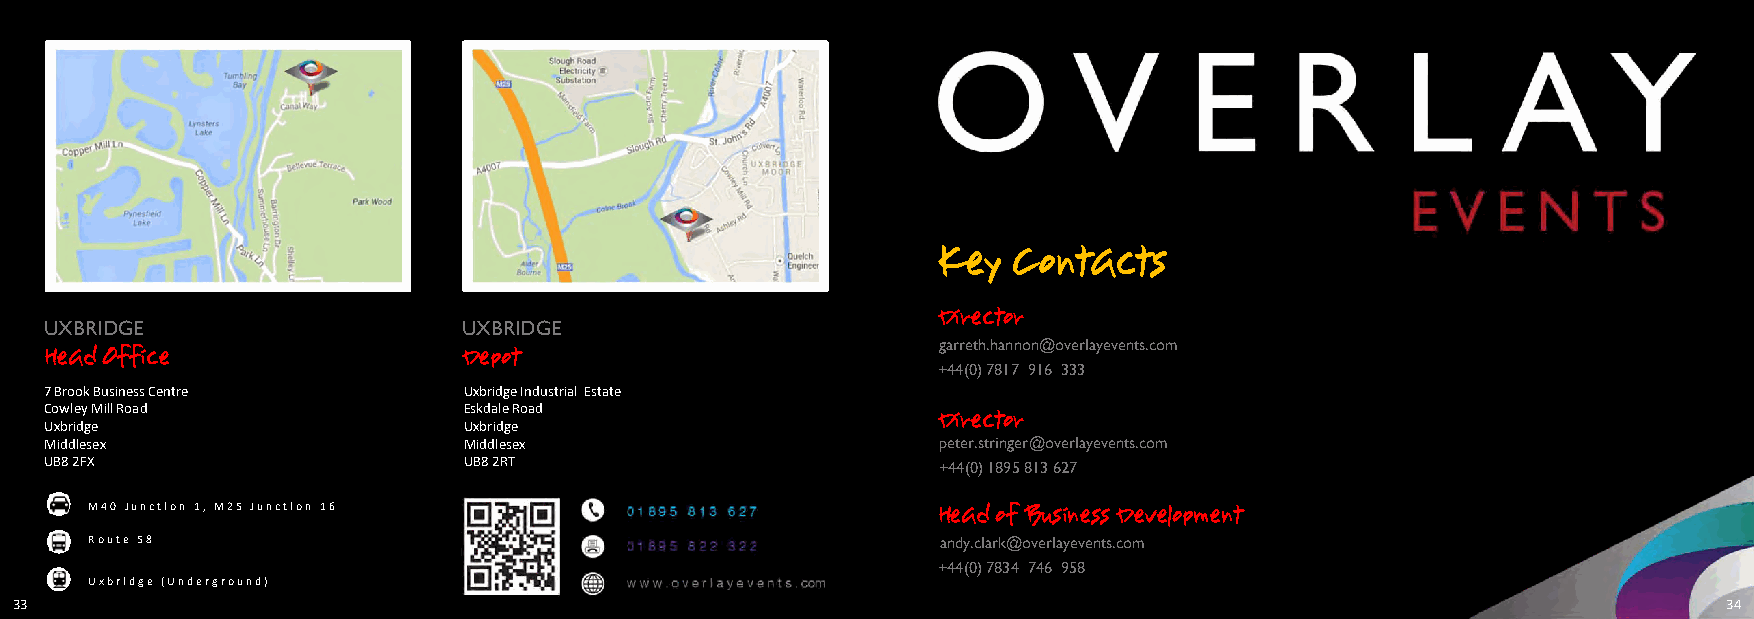
Key  Contacts
 Director
 UXBRIDGE                    UXBRIDGE
 garreth.hannon@overlayevents.com
 Head Office                 Depot
 +44(0) 7817 916 333
 7BrookBusinessCentre        UxbridgeIndustrialEstate
 CowleyMillRoad              EskdaleRoad
 Uxbridge                    Uxbridge                       Director
 Middlesex                   Middlesex                      peter.stringer@overlayevents.com
 UB82FX                      UB82RT                         +44(0) 1895 813 627
 M40 Junction 1, M25 Junction 16
 Head of Business Development
 Route 58                                                andy.clark@overlayevents.com
 +44(0) 7834 746 958
 Uxbridge (Underground)
 33                                                                                                               34